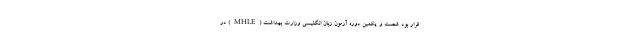
قرار بود شصت و یکمین دوره آزمون زبان انگلیسی وزارت بهداشت (MHLE) در